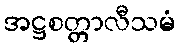
အဋ္ဌစတ္တာလီသမံ